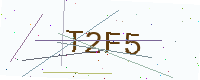
Text: T2F5